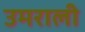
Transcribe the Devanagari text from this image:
उमराली